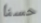
حسنا